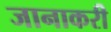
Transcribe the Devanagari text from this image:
जानाकरी